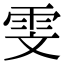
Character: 雯